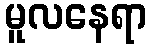
မူလနေရာ